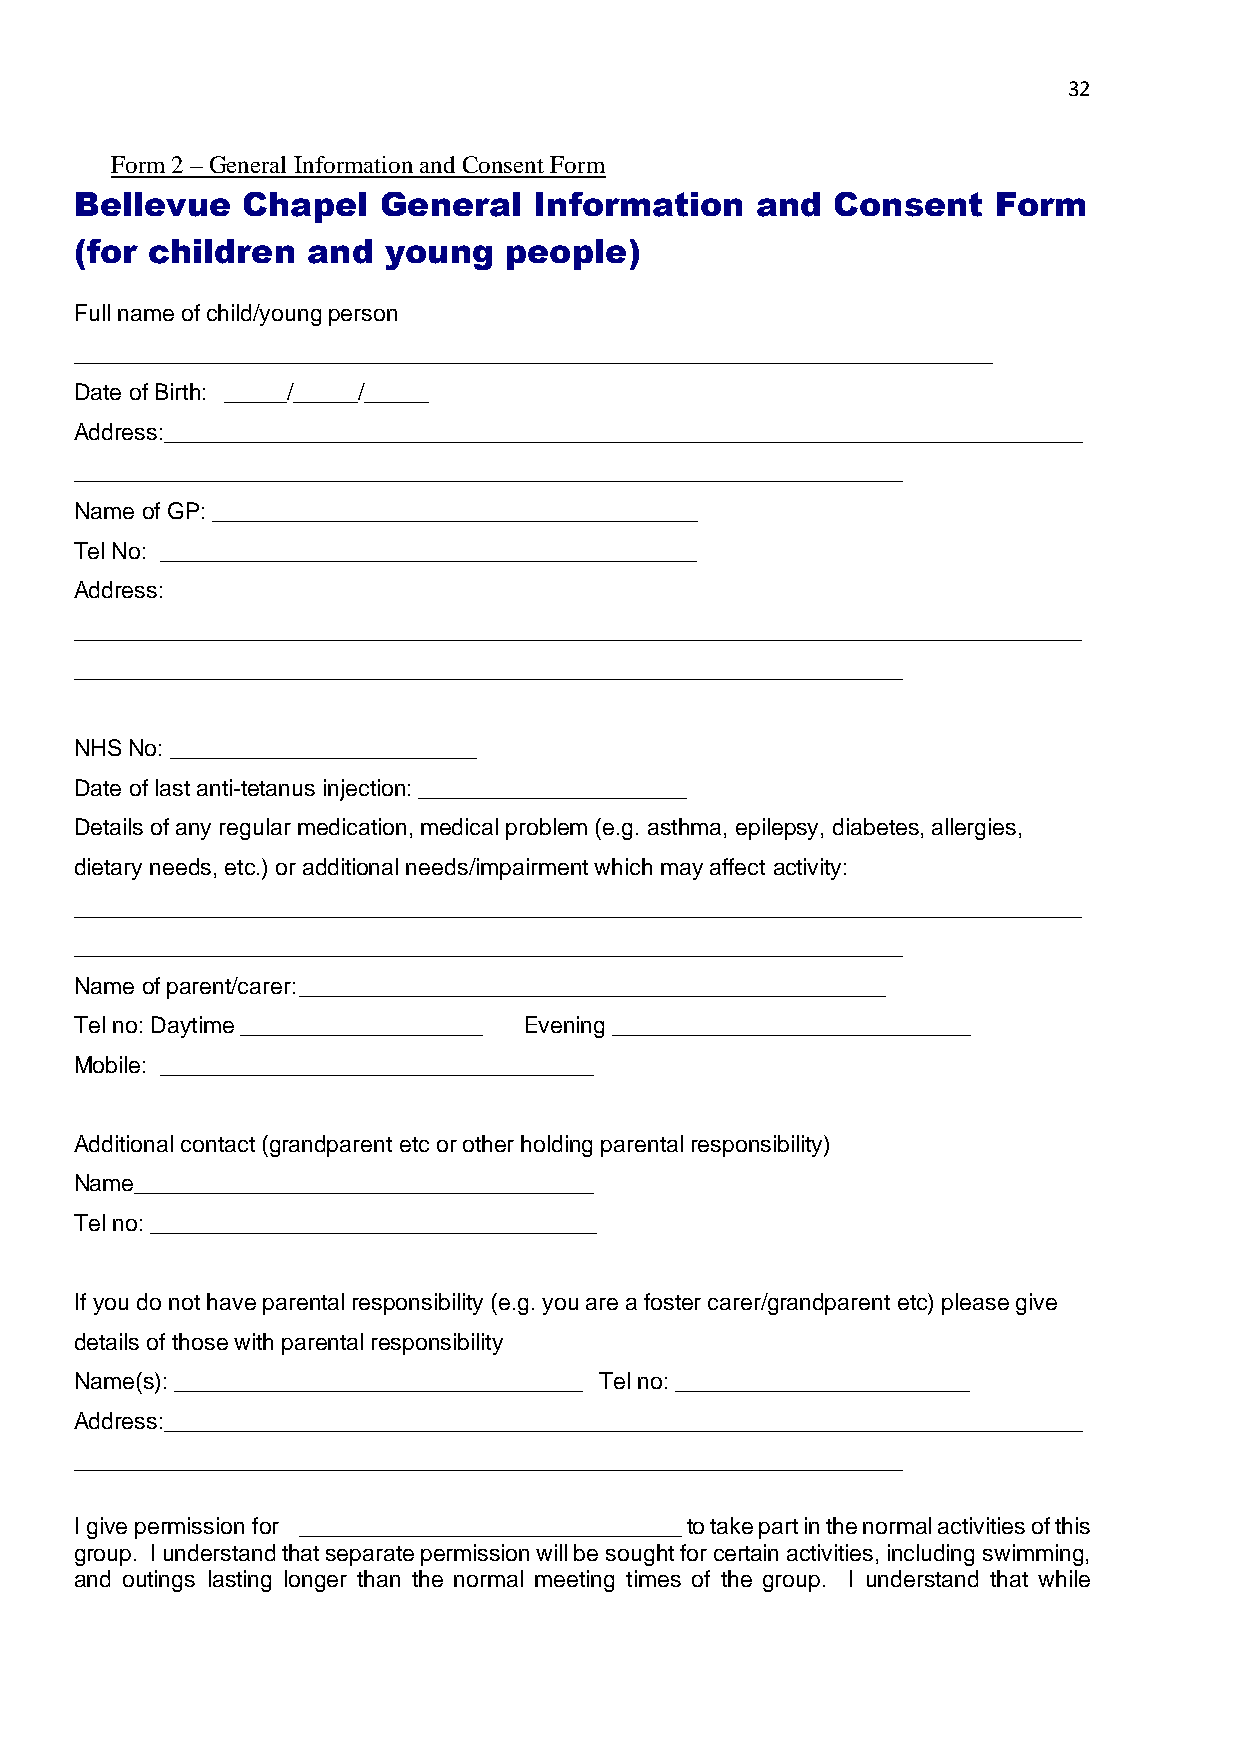
32
 Form 2 – General Information and Consent Form
 Bellevue   Chapel   General   Information    and  Consent    Form
 (for children  and  young   people)
 Full name of child/young person
 ________________________________________________________________________
 Date of Birth: _____/_____/_____
 Address:________________________________________________________________________
 _________________________________________________________________
 Name of GP: ______________________________________
 Tel No: __________________________________________
 Address:
 _______________________________________________________________________________
 _________________________________________________________________
 NHS No: ________________________
 Date of last anti-tetanus injection: _____________________
 Details of any regular medication, medical problem (e.g. asthma, epilepsy, diabetes, allergies,
 dietary needs, etc.) or additional needs/impairment which may affect activity:
 _______________________________________________________________________________
 _________________________________________________________________
 Name of parent/carer: ______________________________________________
 Tel no: Daytime ___________________ Evening ____________________________
 Mobile: __________________________________
 Additional contact (grandparent etc or other holding parental responsibility)
 Name____________________________________
 Tel no: ___________________________________
 If you do not have parental responsibility (e.g. you are a foster carer/grandparent etc) please give
 details of those with parental responsibility
 Name(s): ________________________________ Tel no: _______________________
 Address:________________________________________________________________________
 _________________________________________________________________
 I give permission for ______________________________ to take part in the normal activities of this
 group. I understand that separate permission will be sought for certain activities, including swimming,
 and outings lasting longer than the normal meeting times of the group. I understand that while